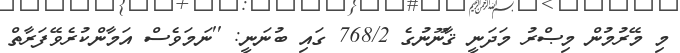
މި މޭރުމުން މިޞްރު މަދަނީ ޤާނޫނުގެ 768/2 ގައި ބުނަނީ: ''ނަމަވެސް އަމާންކުރެވޭފަރާތް